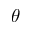
\theta